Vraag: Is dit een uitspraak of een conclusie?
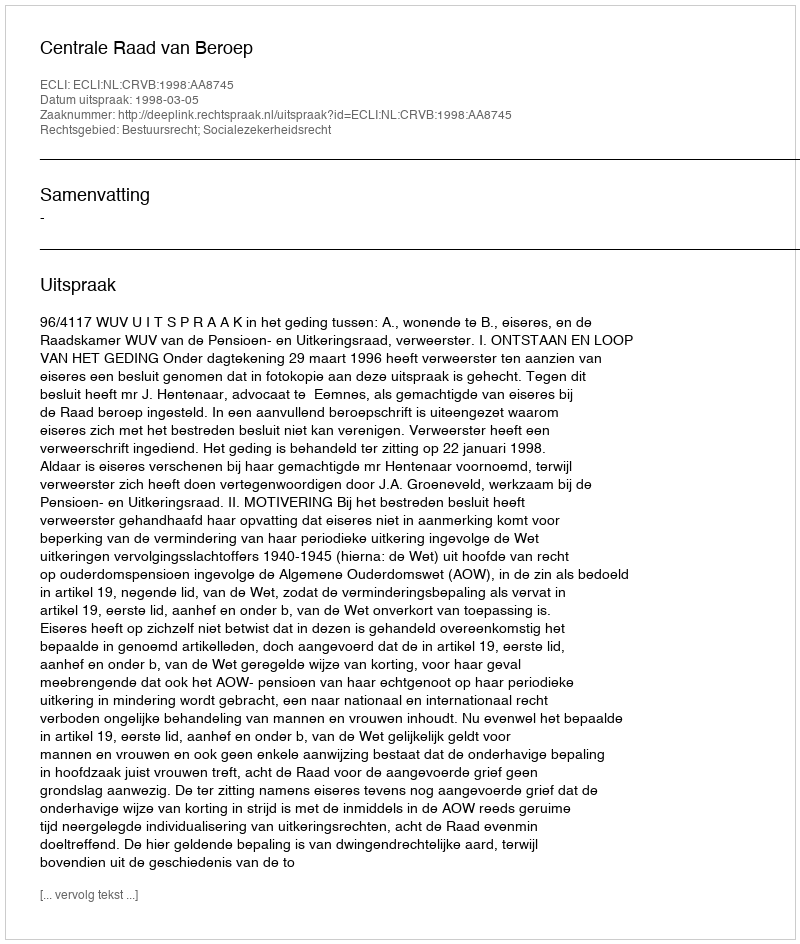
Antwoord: Uitspraak